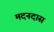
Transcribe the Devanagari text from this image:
मदनदास